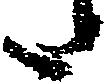
た